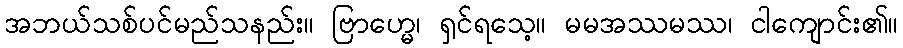
အဘယ်သစ်ပင်မည်သနည်း။ ဗြာဟ္မေ၊ ရှင်ရသေ့။ မမအဿမဿ၊ ငါကျောင်း၏။